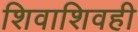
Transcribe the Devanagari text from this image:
शिवाशिवही